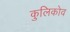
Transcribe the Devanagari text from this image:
कुलिकोव